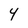
Character: 4